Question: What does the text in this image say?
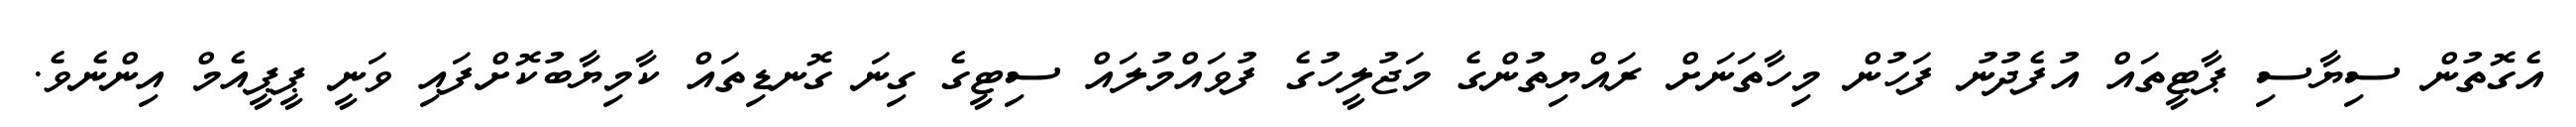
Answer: އެގޮތުން ސިޔާސި ޕާޓީތައް އުފެދުނު ފަހުން މިހާތަނަށް ރައްޔިތުންގެ މަޖުލީހުގެ ފުވައްމުލައް ސިޓީގެ ގިނަ ގޮނޑިތައް ކާމިޔާބުކޮށްފައި ވަނީ ޕީޕީއެމް އިންނެވެ.